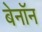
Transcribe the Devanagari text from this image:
बेनॉन